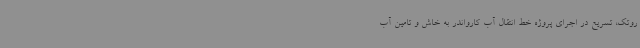
روتک، تسریع در اجرای پروژه خط انتقال آب کارواندر به خاش و تامین آب